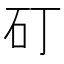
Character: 矴